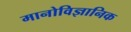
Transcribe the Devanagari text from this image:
मानोविज्ञानिक